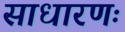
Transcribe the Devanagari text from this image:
साधारणः